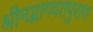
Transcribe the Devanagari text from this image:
श्रीमद्भागवतपुराण